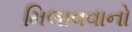
મિલાવવાનો